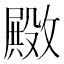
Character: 𫿚